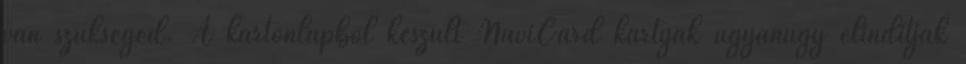
van szükséged. A kartonlapból készült NaviCard kártyák ugyanúgy elindítják